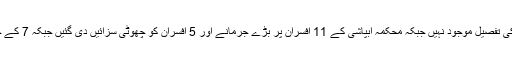
تاہم رپورٹ میں بلدیاتی حکومت کے افسران کے خلاف کی گئی کارروائی کی تفصیل موجود نہیں جبکہ محکمہ آبپاشی کے 11 افسران پر بڑے جرمانے اور 5 افسران کو چھوٹی سزائیں دی گئیں جبکہ 7 کے خلاف کارروائی زیر التوا ہے اور 4 یا تو ریٹائر ہوگئے یا ان کا انتقال ہوگیا۔